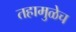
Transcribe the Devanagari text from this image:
तहामुळेच